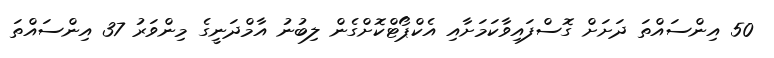
50 އިންސައްތަ ދަށަށް ގޮސްފައިވާކަމަށާއި އެކްޕޯޓްކޮށްގެން ލިބުނު އާމްދަނީގެ މިންވަރު 37 އިންސައްތަ